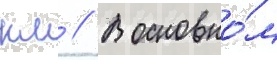
км // В основно́м